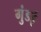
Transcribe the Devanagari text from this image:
गुंडई